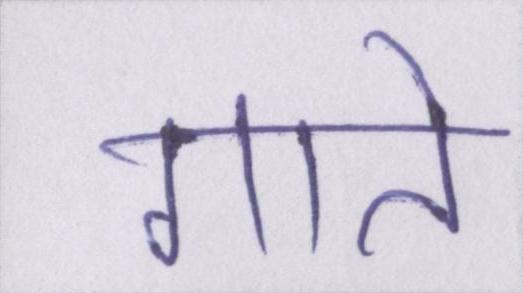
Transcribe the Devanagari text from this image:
गाते